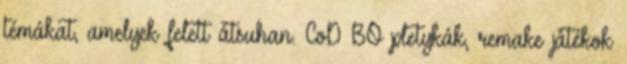
témákat, amelyek felett átsuhan. CoD BO pletykák, remake játékok